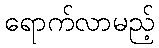
ရောက်လာမည့်